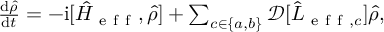
\begin{array} { r } { \frac { \mathrm { d } \hat { \rho } } { \mathrm { d } t } = - \mathrm { i } [ \hat { H } _ { \mathrm { ~ e ~ f ~ f ~ } } , \hat { \rho } ] + \sum _ { c \in \{ a , b \} } \mathcal { D } [ \hat { L } _ { \mathrm { ~ e ~ f ~ f ~ } , c } ] \hat { \rho } , } \end{array}